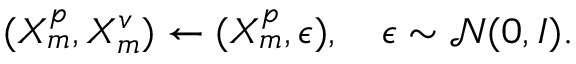
\begin{array} { r } { ( X _ { m } ^ { p } , X _ { m } ^ { v } ) \gets ( X _ { m } ^ { p } , \epsilon ) , \quad \epsilon \sim \mathcal { N } ( 0 , I ) . } \end{array}